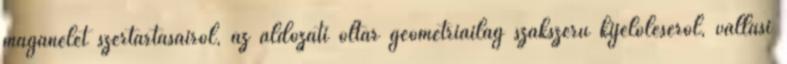
magánélet szertartásairól, az áldozati oltár geometriailag szakszerű kijelöléséről, vallási